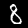
Label: 8